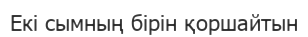
Екі сымның бірін қоршайтын